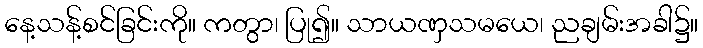
နေ့သန့်စင်ခြင်းကို။ ကတွာ၊ ပြု၍။ သာယဏှသမယေ၊ ညချမ်းအခါ၌။